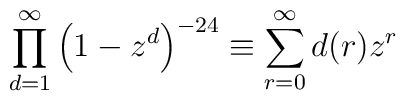
\prod_{d=1}^\infty\left(1-z^d\right)^{-24}\equiv \sum_{r=0}^\infty d(r) z^r